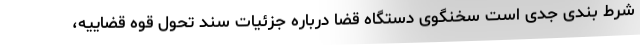
شرط بندی جدی است سخنگوی دستگاه قضا درباره جزئیات سند تحول قوه قضاییه،